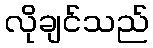
လိုချင်သည်